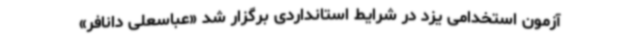
آزمون استخدامی یزد در شرایط استانداردی برگزار شد «عباسعلی دانافر»